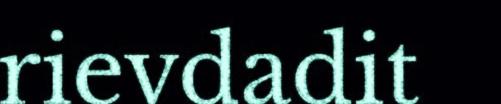
rievdadit